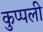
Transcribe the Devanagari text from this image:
कुप्पली